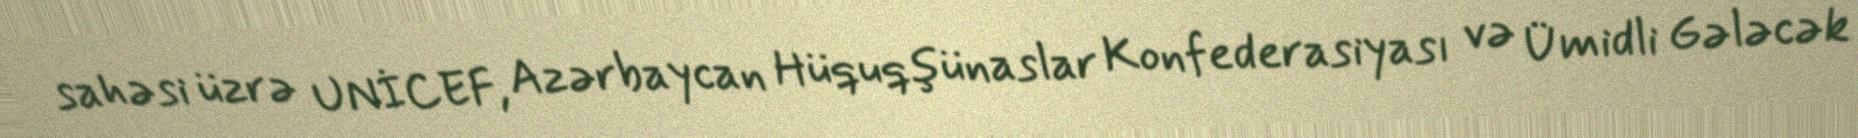
sahəsi üzrə UNİCEF, Azərbaycan Hüquqşünaslar Konfederasiyası və Ümidli Gələcək